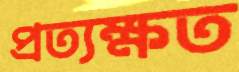
প্রত্যক্ষত